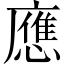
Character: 應